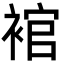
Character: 䘾